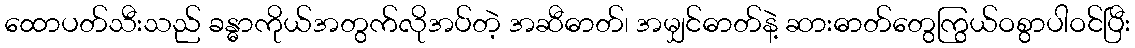
ထောပတ်သီးသည် ခန္ဓာကိုယ်အတွက်လိုအပ်တဲ့ အဆီဓာတ်၊ အမျှင်ဓာတ်နဲ့ ဆားဓာတ်တွေကြွယ်ဝစွာပါဝင်ပြီး